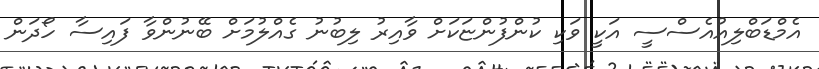
އެމްޑަބްލިއުއެސްސީ އަކީ ވަކި ކުންފުންޏަކަށް ވާއިރު ލިބުނު ގެއްލުމަށް ބޭނުންވާ ފައިސާ ހޯދަން